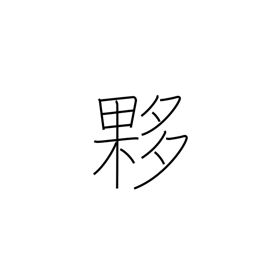
Meaning: immense